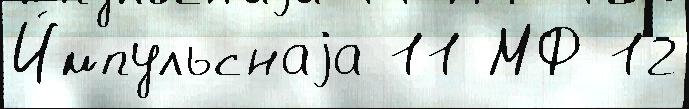
И́мпульснаjа 11 МФ 12